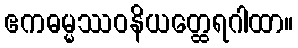
ဧကဓမ္မဿဝနိယတ္ထေရဂါထာ။